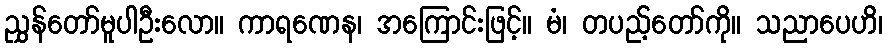
ညွှန်တော်မူပါဦးလော။ ကာရဏေန၊ အကြောင်းဖြင့်။ မံ၊ တပည့်တော်ကို။ သညာပေဟိ၊